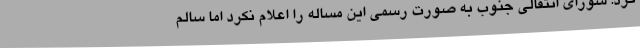
کرد. شورای انتقالی جنوب به صورت رسمی این مساله را اعلام نکرد اما سالم